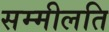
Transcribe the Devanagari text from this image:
सम्मीलति